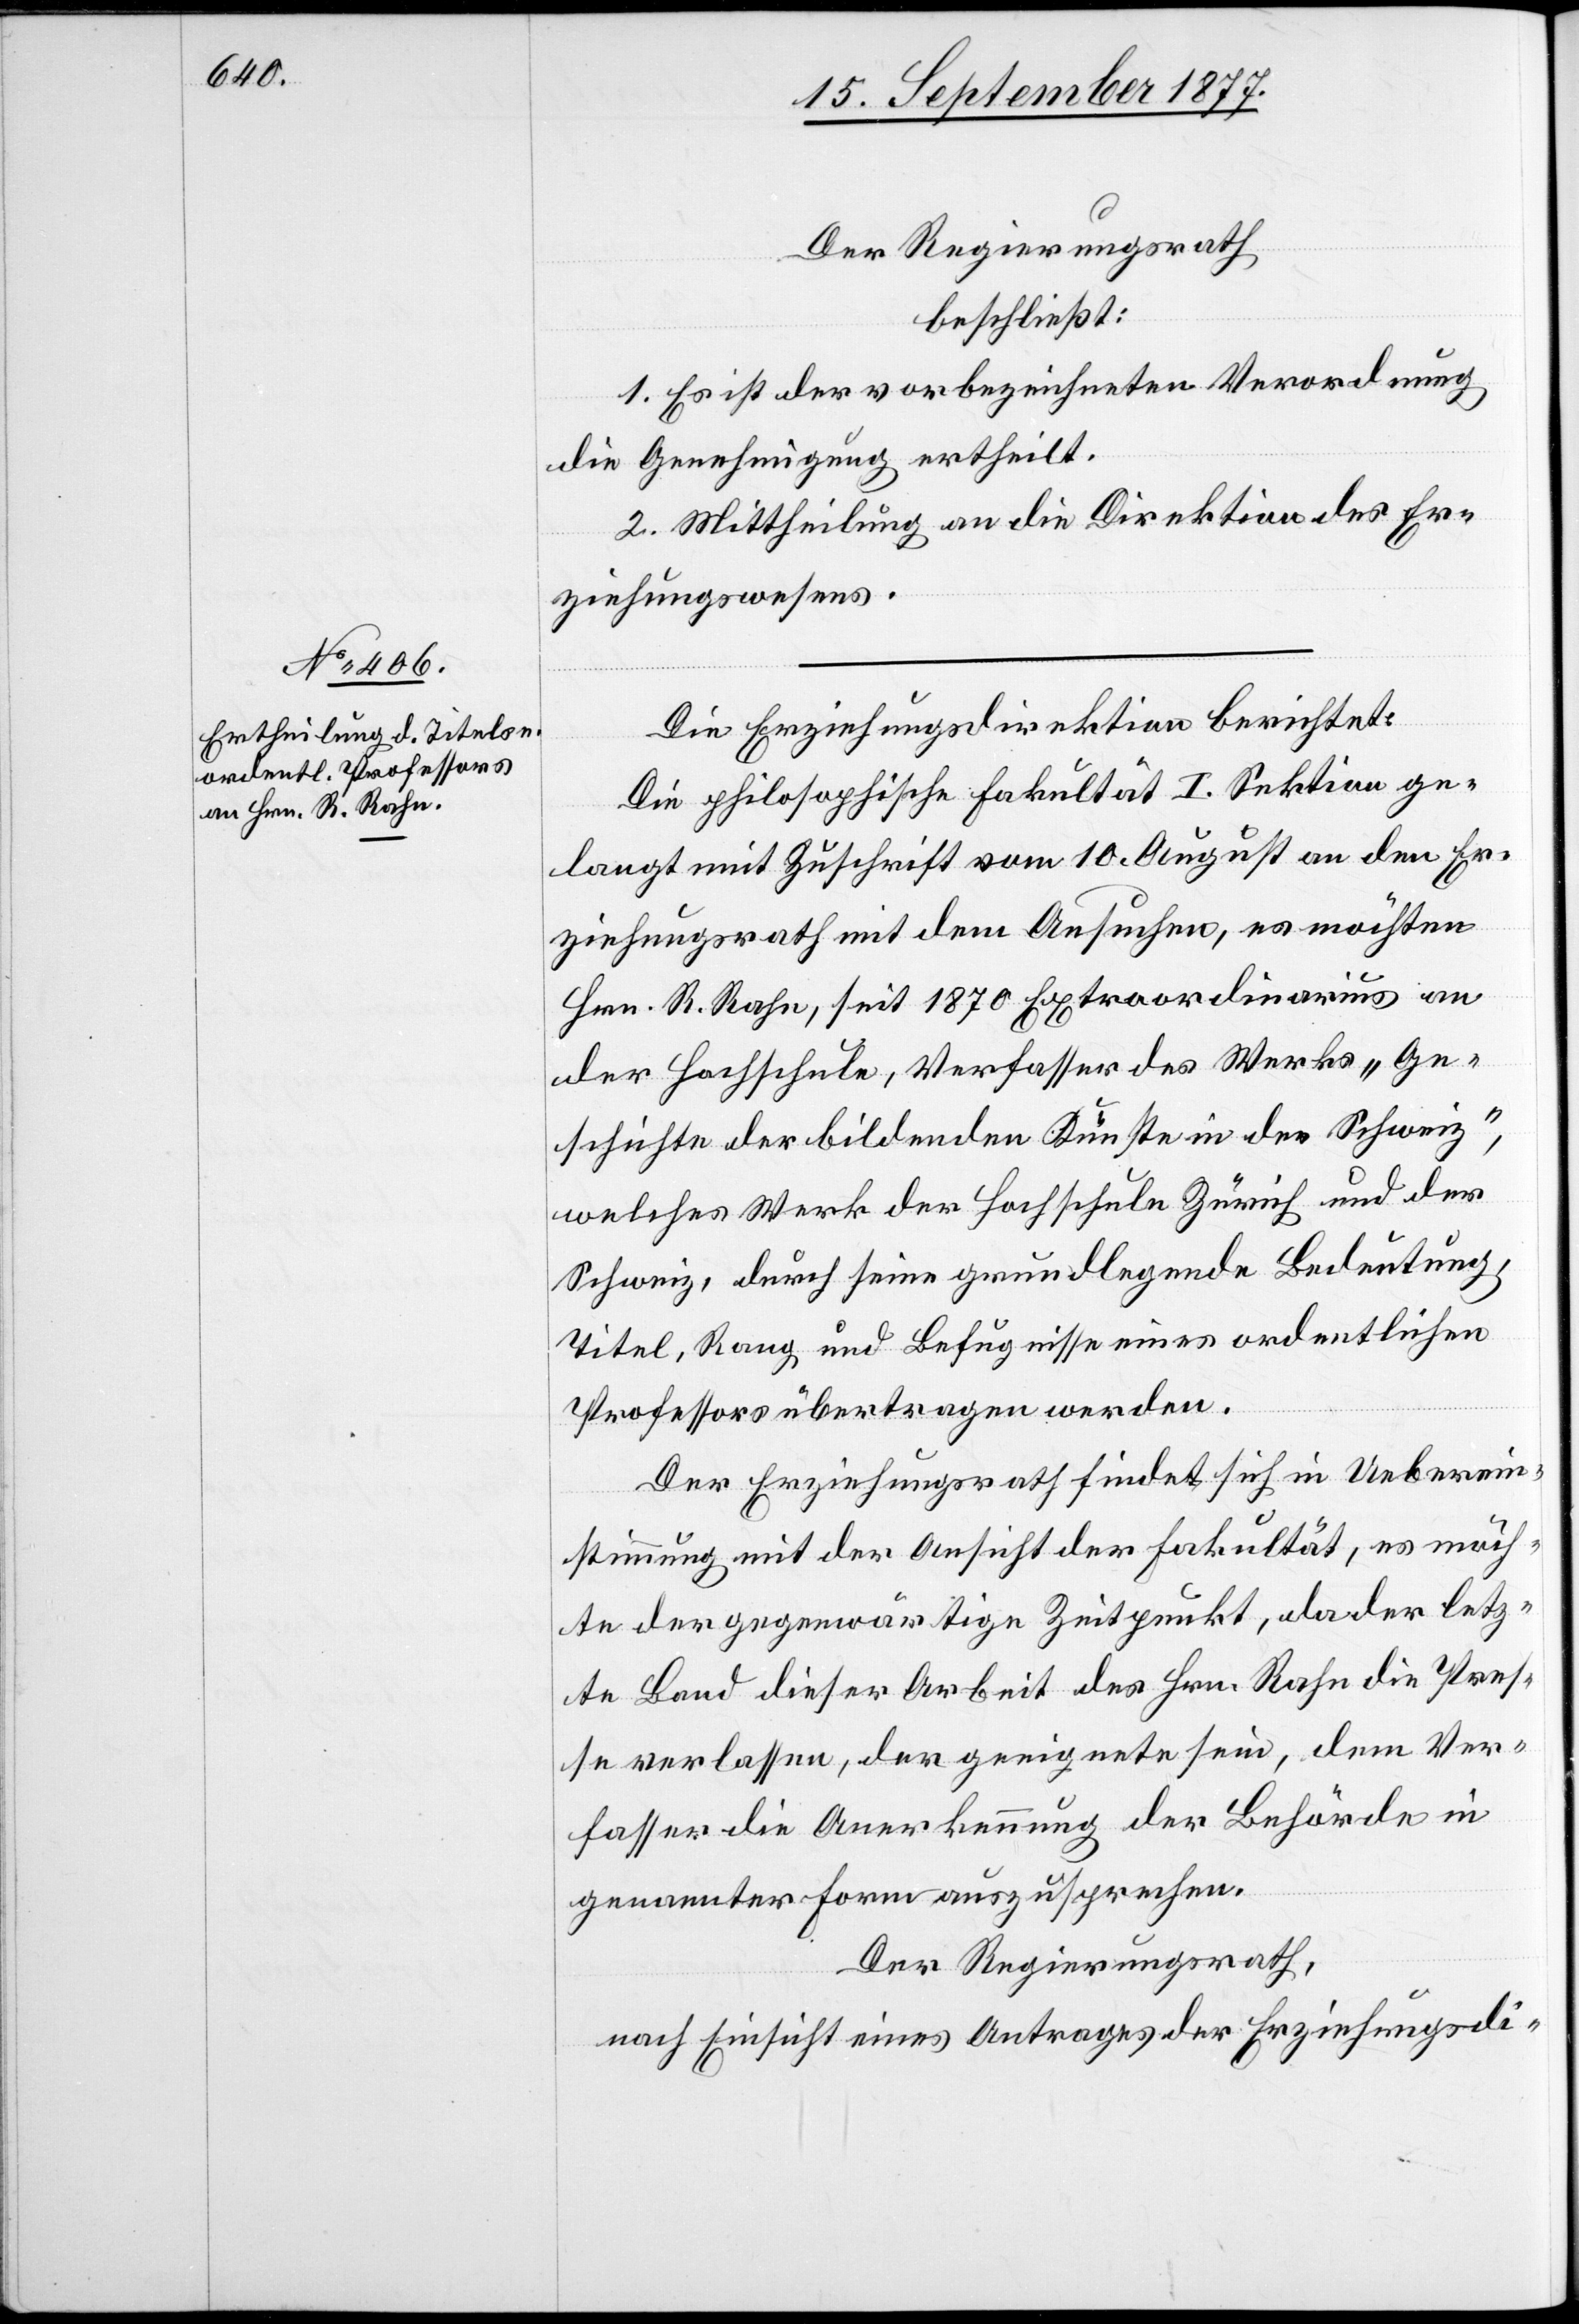
Der Regierungsrath
beschließt:
1. Es ist der vorbezeichneten Verordnung
die Genehmigung ertheilt.
2. Mittheilung an die Direktion des Er¬
ziehungswesens.
Die Erziehungsdirektion berichtet:
Die philosophische Fakultät I. Sektion ge¬
langt mit Zuschrift vom 10. August an den Er¬
ziehungsrath mit dem Ansuchen, es möchten
Hrn. R. Rahn, seit 1870 Extraordinarius an
der Hochschule, Verfasser des Werks „Ge¬
schichte der bildenden Künste in der Schweiz“,
welches Werk der Hochschule Zürich und der
Schweiz, durch seine grundlegende Bedeutung,
Titel, Rang und Befugnisse eines ordentlichen
Professors übertragen werden.
Der Erziehungsrath findet sich in Ueberein¬
stimmung mit der Ansicht der Fakultät, es möch¬
te der gegenwärtige Zeitpunkt, da der letz¬
te Band dieser Arbeit des Hrn. Rahn die Pres¬
se verlassen, der geeignete sein, dem Ver¬
fasser die Anerkennung der Behörde in
genannter Form auszusprechen.
Der Regierungsrath,
nach Einsicht eines Antrages der Erziehungsdi-